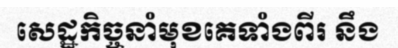
សេដ្ឋកិច្ចនាំមុខគេទាំងពីរ នឹង